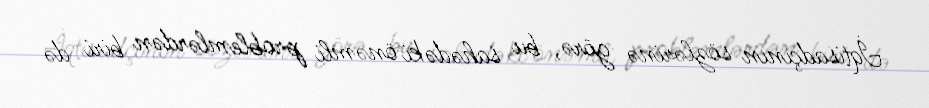
İqtisadçının sözlərinə görə, bu sahədəki önəmli problemlərdən biri də